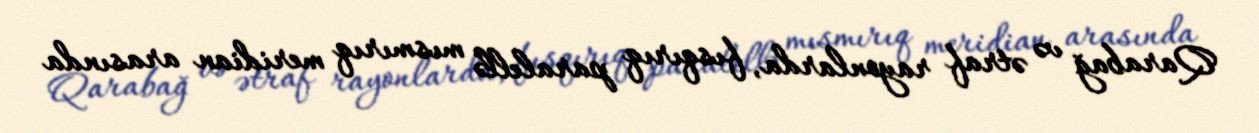
Qarabağ və ətraf rayonlarda, fısqırıq paralellə mısmırıq meridian arasında